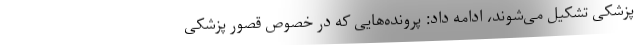
پزشکی تشکیل می‌شوند، ادامه داد: پرونده‌هایی که در خصوص قصور پزشکی